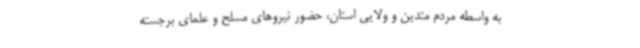
به واسطه مردم متدین و ولایی استان، حضور نیروهای مسلح و علمای برجسته